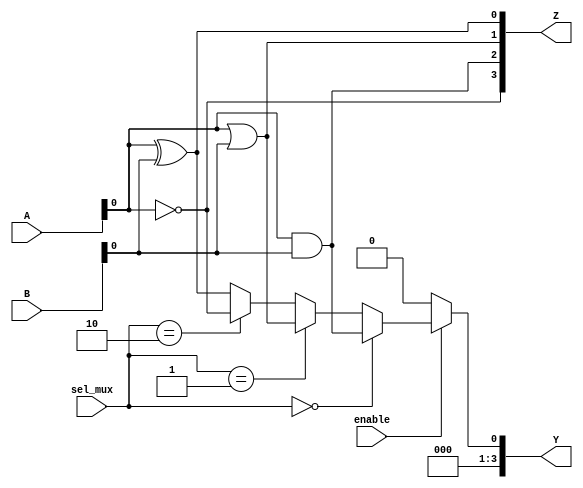
module combinational_logic_block (
    input wire [3:0] A,          // 4-bit input signal A
    input wire [3:0] B,          // 4-bit input signal B
    input wire [1:0] sel_mux,     // 2-bit selector for multiplexer
    input wire enable,            // Enable signal
    output wire [3:0] Y,         // 4-bit output signal Y
    output wire [3:0] Z          // Another output signal Z
);

// Internal wires for logic gates
wire and_out;
wire or_out;
wire not_out;
wire xor_out;
wire mux_out;

// Logic Gates
assign and_out = A & B;      // AND operation
assign or_out = A | B;       // OR operation
assign not_out = ~A;         // NOT operation
assign xor_out = A ^ B;      // XOR operation

// Multiplexer
assign mux_out = (sel_mux == 2'b00) ? and_out :
                 (sel_mux == 2'b01) ? or_out :
                 (sel_mux == 2'b10) ? not_out :
                 xor_out; // Default to XOR

// Output logic with enable control
assign Y = enable ? mux_out : 4'b0000; // Output based on enable signal
assign Z = {not_out, and_out, or_out, xor_out}; // Outputs all gate results

endmodule